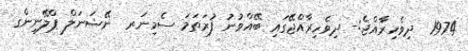
1974  ދިވެހިރާއްޖެ:- ދިވެހިރާއްޖޭގައި ބޭއްވުނު ފުރަތަމަ ސެމިނަރ  ނޭޝަނަލް ޕްލޭނިންގ